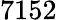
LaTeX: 7152